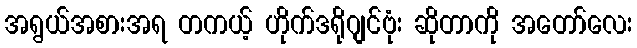
အရွယ်အစားအရ တကယ့် ဟိုက်ဒရိုဂျင်ဗုံး ဆိုတာကို အတော်လေး